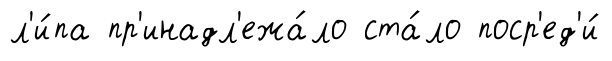
л'и́па пр'инадл'ежа́ло ста́ло поср'ед'и́